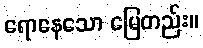
ရောနေသော မြေတည်း။